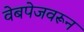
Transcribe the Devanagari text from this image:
वेबपेजवरून